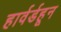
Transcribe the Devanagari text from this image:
हार्वर्डहून